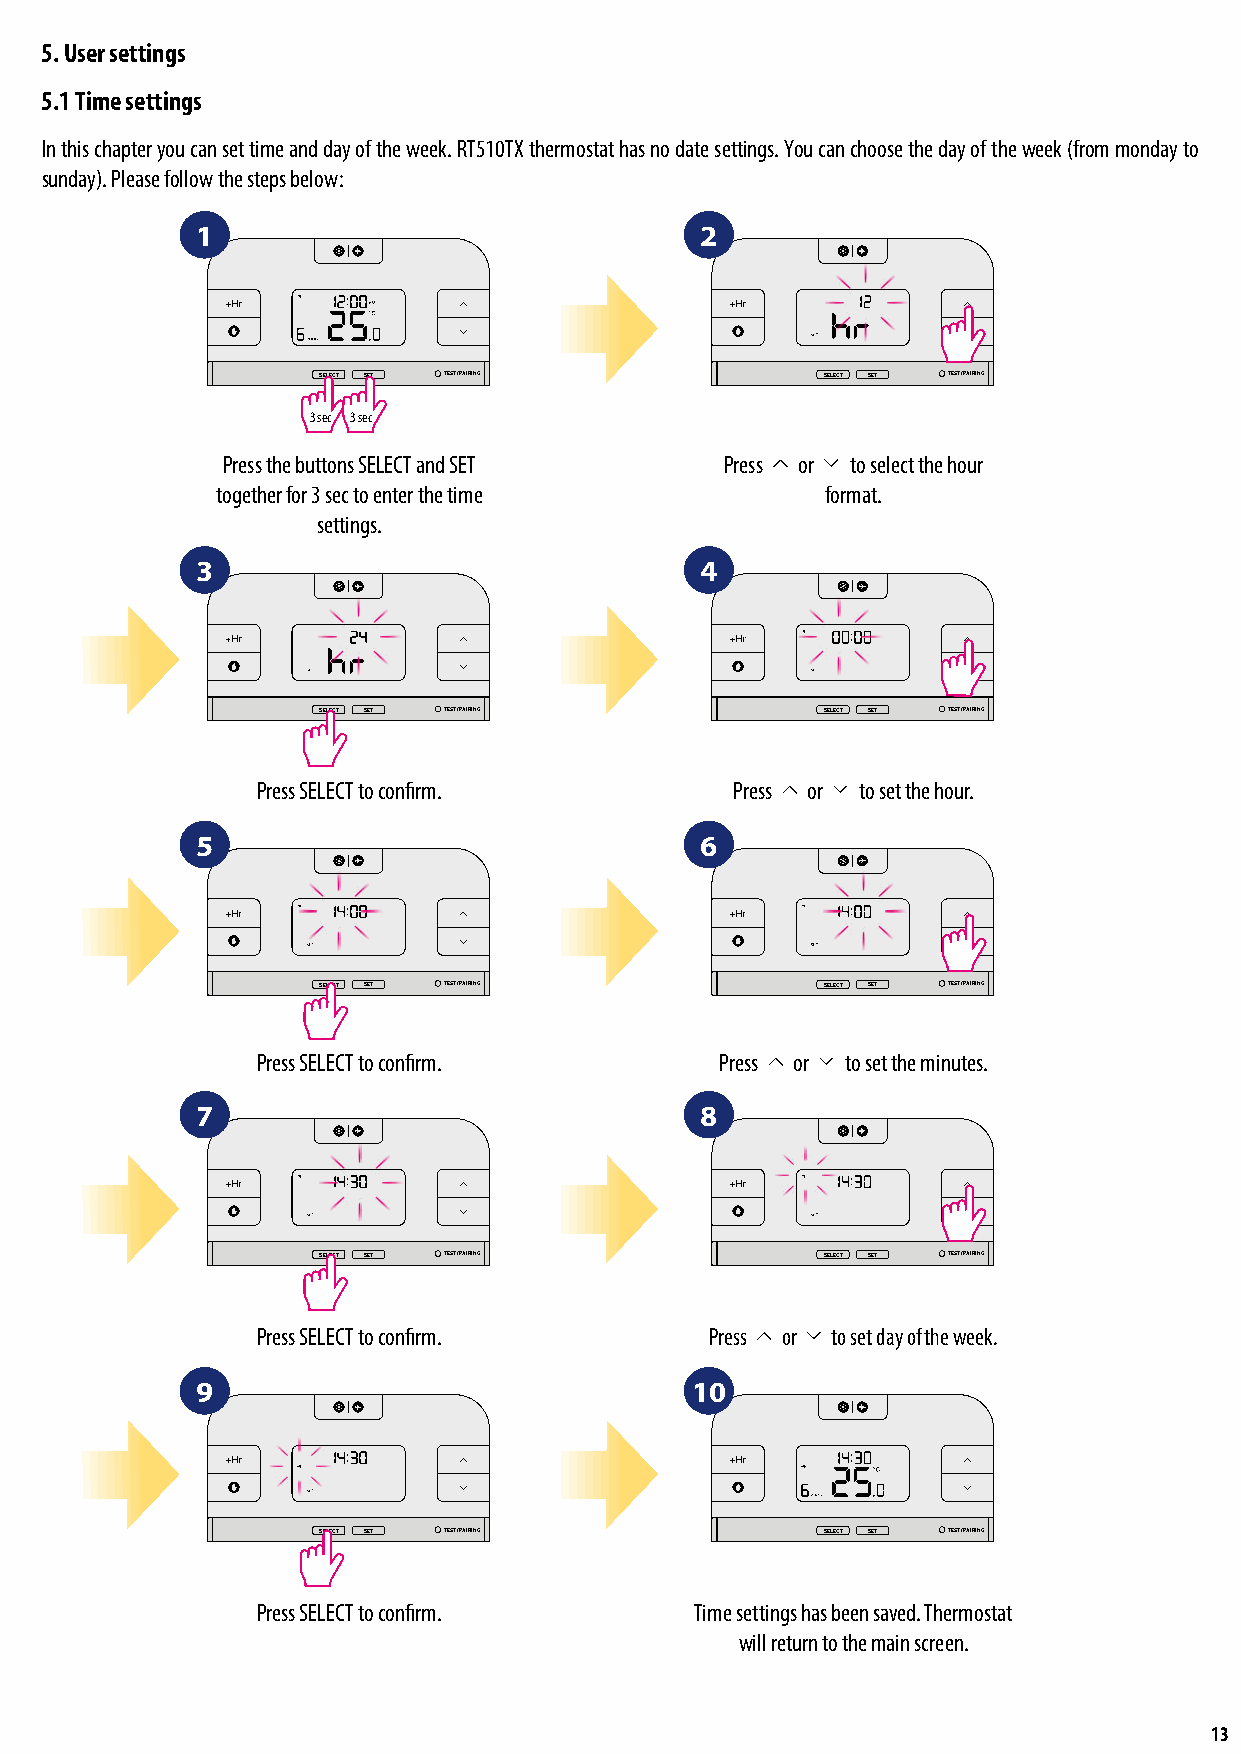
5. User settings
 5.1 Time settings
 In this chapter you can set time and day of the week. RT510TX thermostat has no date settings. You can choose the day of the week (from monday to
 sunday). Please follow the steps below:
 1                                2
 SELECT SET TEST / PAIRING        SELECT SET TEST / PAIRING
 3 sec 3 sec
 Press the buttons SELECT and SET Press or to select the hour
 together for 3 sec to enter the time     format.
 settings.
 SELECT SET    TEST / PAIRING
 3                                4
 SELECT SET    TEST / PAIRING
 SELECT SET TEST / PAIRING        SELECT SET TEST / PAIRING
 Press SELECT to confirm.       Press or to set the hour.
 5                                6
 SELECT SET    TEST / PAIRING
 SELECT SET     TEST / PAIRING
 SELECT SET TEST / PAIRING        SELECT SET TEST / PAIRING
 Press SELECT to confirm.       Press or to set the minutes.
 7                                8
 SELECT SET    TEST / PAIRING
 SELECT SET     TEST / PAIRING
 SELECT SET TEST / PAIRING        SELECT SET TEST / PAIRING
 Press SELECT to confirm.      Press or to set day of the week.
 9                                10
 SELECT SET     TEST / PAIRING
 SELECT SET     TEST / PAIRING
 SELECT SET TEST / PAIRING        SELECT SET TEST / PAIRING
 Press SELECT to confirm.     Time settings has been saved. Thermostat
 will return to the main screen.
 13